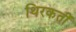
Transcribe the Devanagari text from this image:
थिरकतीं